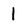
Character: I